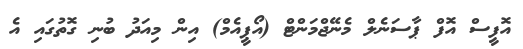
އޮފީސް އޮފް ޕާސަނެލް މެނޭޖްމަންޓް (އޯޕީއެމް) އިން މިއަދު ބުނި ގޮތުގައި އެ